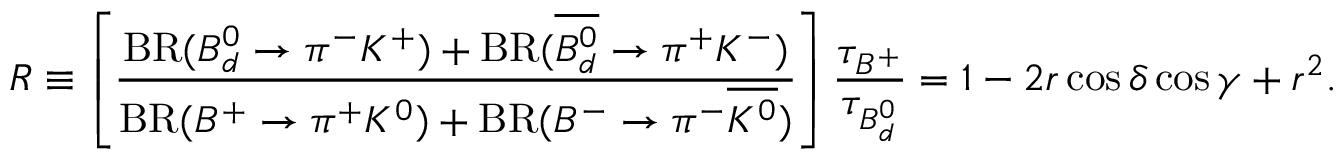
R \equiv \left[ \frac { \mathrm { B R } ( B _ { d } ^ { 0 } \to \pi ^ { - } K ^ { + } ) + \mathrm { B R } ( \overline { { { B _ { d } ^ { 0 } } } } \to \pi ^ { + } K ^ { - } ) } { \mathrm { B R } ( B ^ { + } \to \pi ^ { + } K ^ { 0 } ) + \mathrm { B R } ( B ^ { - } \to \pi ^ { - } \overline { { { K ^ { 0 } } } } ) } \right] \frac { \tau _ { B ^ { + } } } { \tau _ { B _ { d } ^ { 0 } } } = 1 - 2 r \cos \delta \cos \gamma + r ^ { 2 } .